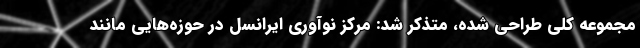
مجموعه کلی طراحی شده، متذکر شد: مرکز نوآوری ایرانسل در حوزه‌هایی مانند